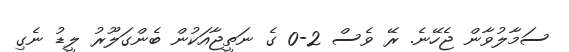
ސަމާލުވާން ޖެހޭނެ. ރޭ ވެސް 2-0 ގެ ނަތީޖާއަކުން ބެންގަލޫރު ލީޑު ނެގި